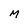
Character: M